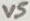
Text: V5